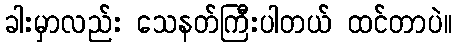
ခါးမှာလည်း သေနတ်ကြီးပါတယ် ထင်တာပဲ။